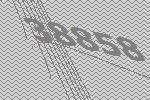
38858